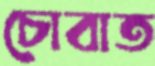
চোবাত